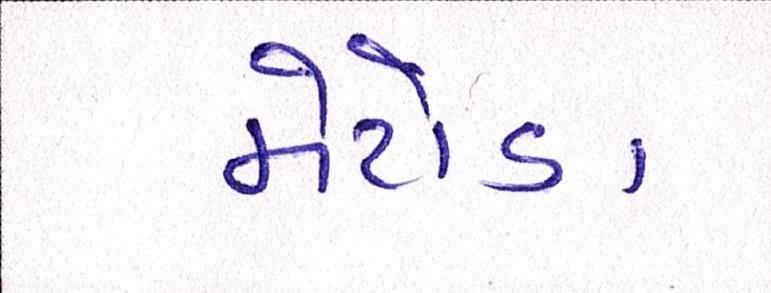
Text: મેટોડા